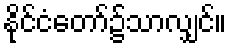
နိုင်ငံတော်၌သာလျှင်။